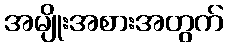
အမျိုးအစားအတွက်